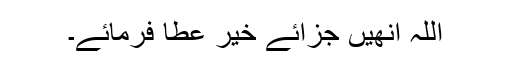
اللہ انھیں جزائے خیر عطا فرمائے۔